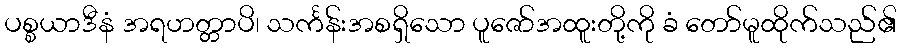
ပစ္စယာဒီနံ အရဟတ္တာပိ၊ သင်္ကန်းအစရှိသော ပူဇော်အထူးတို့ကို ခံ တော်မူထိုက်သည်၏